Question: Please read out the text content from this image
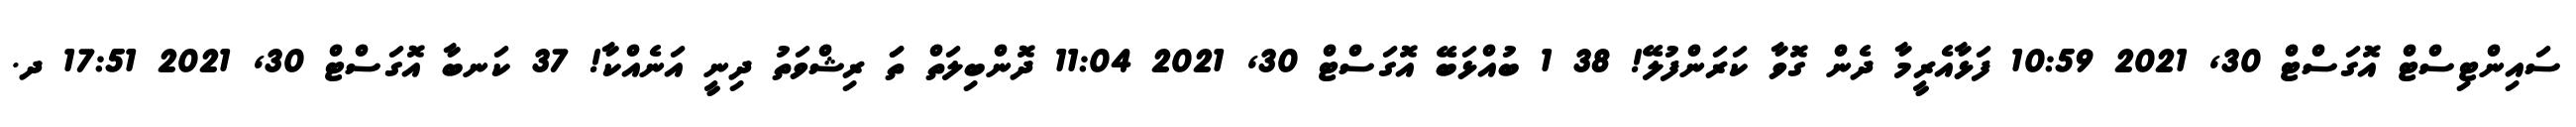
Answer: ސައިންޓިސްޓް އޮގަސްޓް 30, 2021 10:59 ފަޅާއެރީމާ ދެން ގޮވާ ކަރަންފުލޭ! 38 1 ބުއްޅަބޭ އޮގަސްޓް 30, 2021 11:04 ދޮންބިލަތް ތަަ ރިޝްވަތު ދިނީ އަނެއްކާ! 37 ކަނބާ އޮގަސްޓް 30, 2021 17:51 ދ.